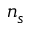
n _ { s }